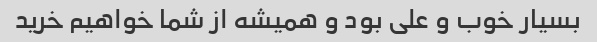
بسیار خوب و علی بود و همیشه از شما خواهیم خرید